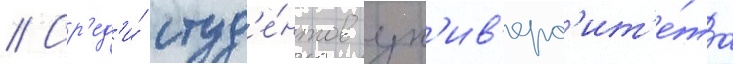
// Ср'ед'и́ студ'е́нтов ун'ив'ерс'ит'е́та